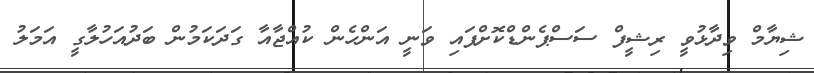
ޝިޔާމް ވިދާޅުވީ ރިޝީފް ސަސްޕެންޑްކޮށްފައި ވަނީ އަންހެން ކުއްޖާއާ ގަދަކަމުން ބަދުއަހުލާގީ އަމަލު